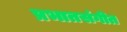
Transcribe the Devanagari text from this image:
प्रभातसंगीत